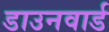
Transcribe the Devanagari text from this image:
डाउनवार्ड